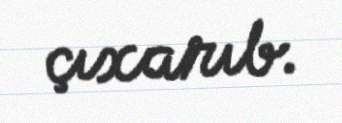
çıxarıb.